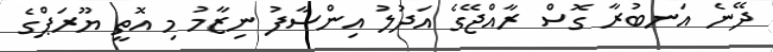
ދޭނެ އަނބުރާ ގޮސް ރާއްޖޭގެ އަދުލު އިންސާފު ނިޒާމު މި އޮތީ ޔޫރަޕްގެ